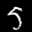
Label: 5